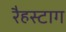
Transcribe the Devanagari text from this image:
रैहस्टाग